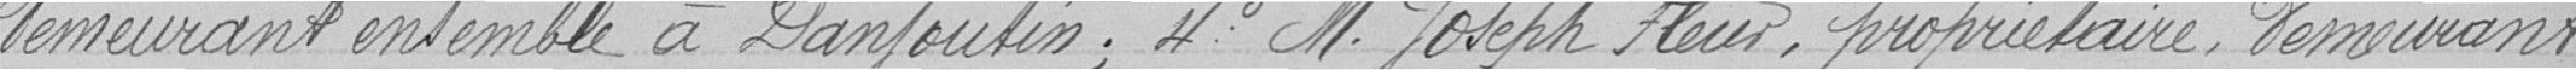
demeurant ensemble à Danjoutin; 4° Monsieur Joseph Fleur, propriétaire, demeurant